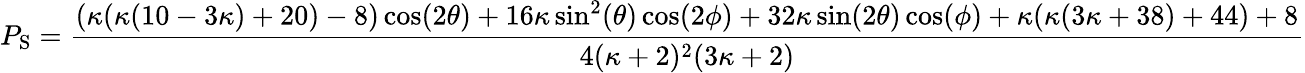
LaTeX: P_{\mathrm{S}}=\frac{(\kappa(\kappa(10-3\kappa)+20)-8)\cos(2\theta)+16\kappa\sin^{2}(\theta)\cos(2\phi)+32\kappa\sin(2\theta)\cos(\phi)+\kappa(\kappa(3\kappa+38)+44)+8}{4(\kappa+2)^{2}(3\kappa+2)}